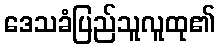
ဒေသခံပြည်သူလူထု၏